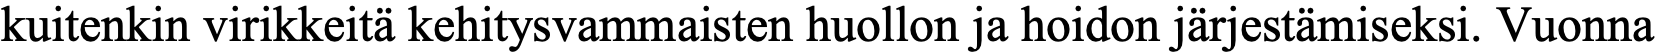
kuitenkin virikkeitä kehitysvammaisten huollon ja hoidon järjestämiseksi. Vuonna